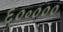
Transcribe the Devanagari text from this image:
६०॰०००